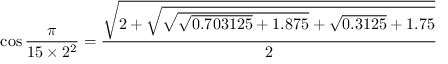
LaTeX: \cos { \frac { \pi } { 1 5 \times 2 ^ { 2 } } } = { \frac { \sqrt { 2 + { \sqrt { { \sqrt { { \sqrt { 0 . 7 0 3 1 2 5 } } + 1 . 8 7 5 } } + { \sqrt { 0 . 3 1 2 5 } } + 1 . 7 5 } } } } { 2 } }